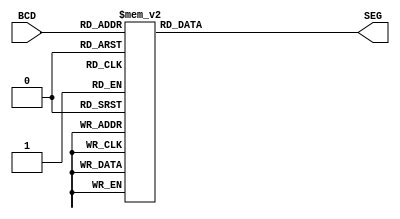
module LED7SEG (BCD, SEG);
input [3:0] BCD;


output reg [6:0] SEG;

always @(BCD)
		case (BCD)
				0: 		SEG <= 7'b0000001;
				1: 		SEG <= 7'b1001111;
				2: 		SEG <= 7'b0010010;
				3: 		SEG <= 7'b1001100;
				4: 		SEG <= 7'b0100100;
				5: 		SEG <= 7'b1100001;
				6: 		SEG <= 7'b1100000;
				7: 		SEG <= 7'b0001111;
				8: 		SEG <= 7'b0000000;
				9: 		SEG <= 7'b0001100;
		  default:  	SEG <= 7'b0000001;
		endcase
endmodule